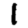
Digit: 1